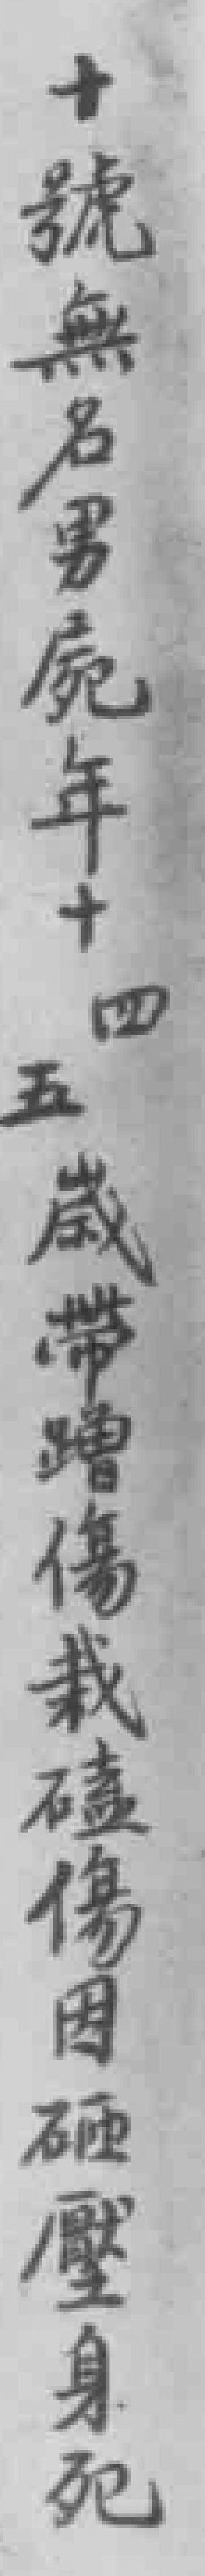
十號無名男屍年十四五歲帶蹭傷栽磕傷因砸壓身死